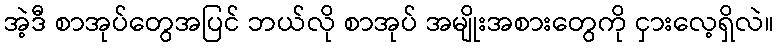
အဲ့ဒီ စာအုပ်တွေအပြင် ဘယ်လို စာအုပ် အမျိုးအစားတွေကို ငှားလေ့ရှိလဲ။